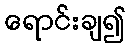
ရောင်းချ၍